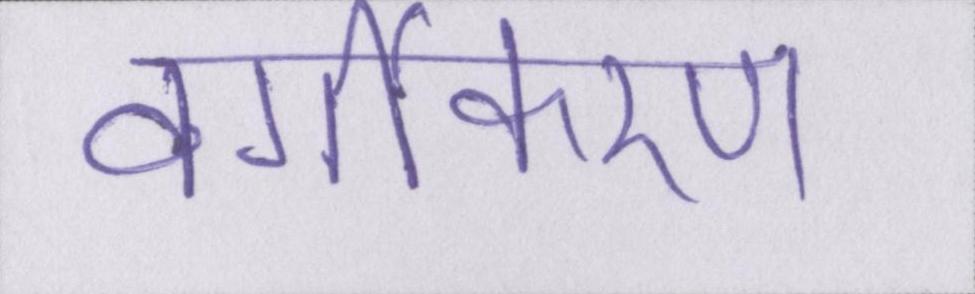
वर्गीकरण